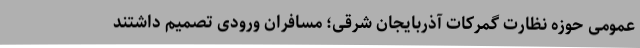
عمومی حوزه نظارت گمرکات آذربایجان شرقی؛ مسافران ورودی تصمیم داشتند